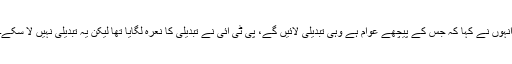
انہوں نے کہا کہ جس کے پیچھے عوام ہے وہی تبدیلی لائیں گے، پی ٹی آئی نے تبدیلی کا نعرہ لگایا تھا لیکن یہ تبدیلی نہیں لا سکے۔